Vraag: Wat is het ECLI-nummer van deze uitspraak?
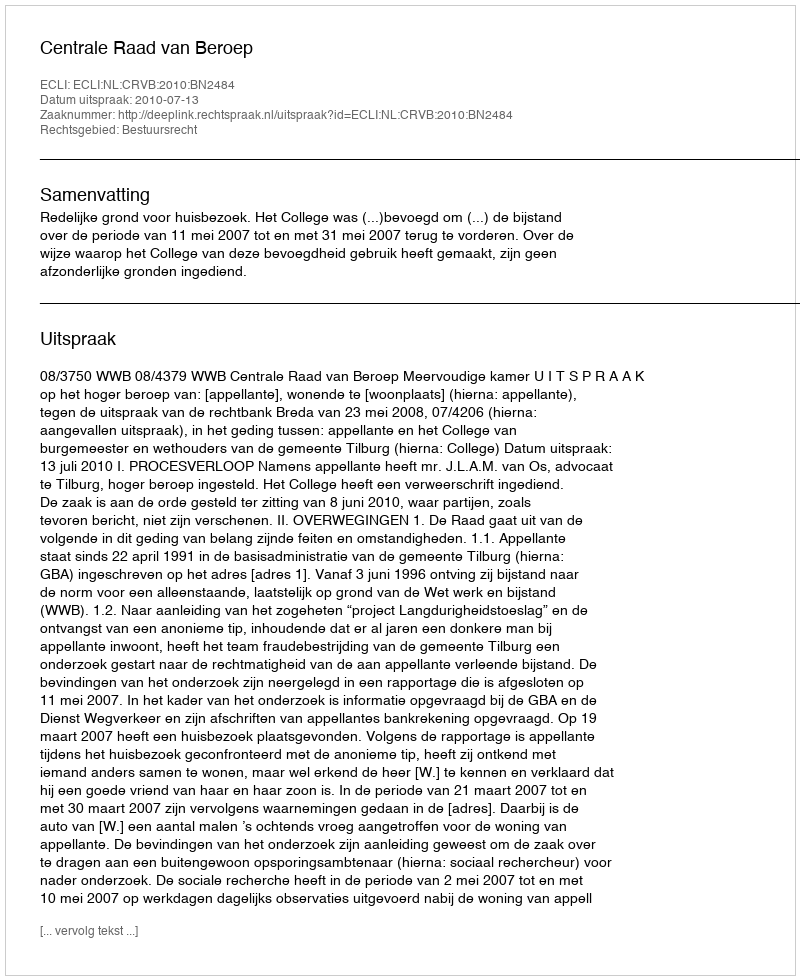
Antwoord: ECLI:NL:CRVB:2010:BN2484